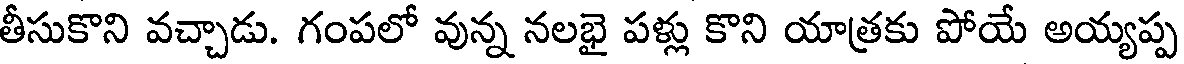
తీసుకొని వచ్చాడు. గంపలో వున్న నలభై పళ్లు కొని యాత్రకు పోయే అయ్యప్ప